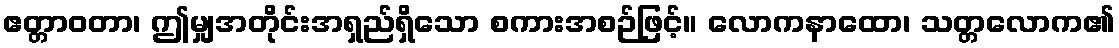
ဧတ္တာဝတာ၊ ဤမျှအတိုင်းအရှည်ရှိသော စကားအစဉ်ဖြင့်။ လောကနာထော၊ သတ္တလောက၏